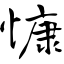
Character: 慷